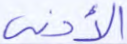
الأدنى